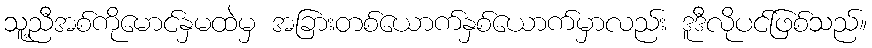
သူ့ညီအစ်ကိုမောင်နှမထဲမှ အခြားတစ်ယောက်နှစ်ယောက်မှာလည်း ဒူဒီလိုပင်ဖြစ်သည်။